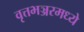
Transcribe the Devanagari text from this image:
वृत्तभञ्जरमध्ये